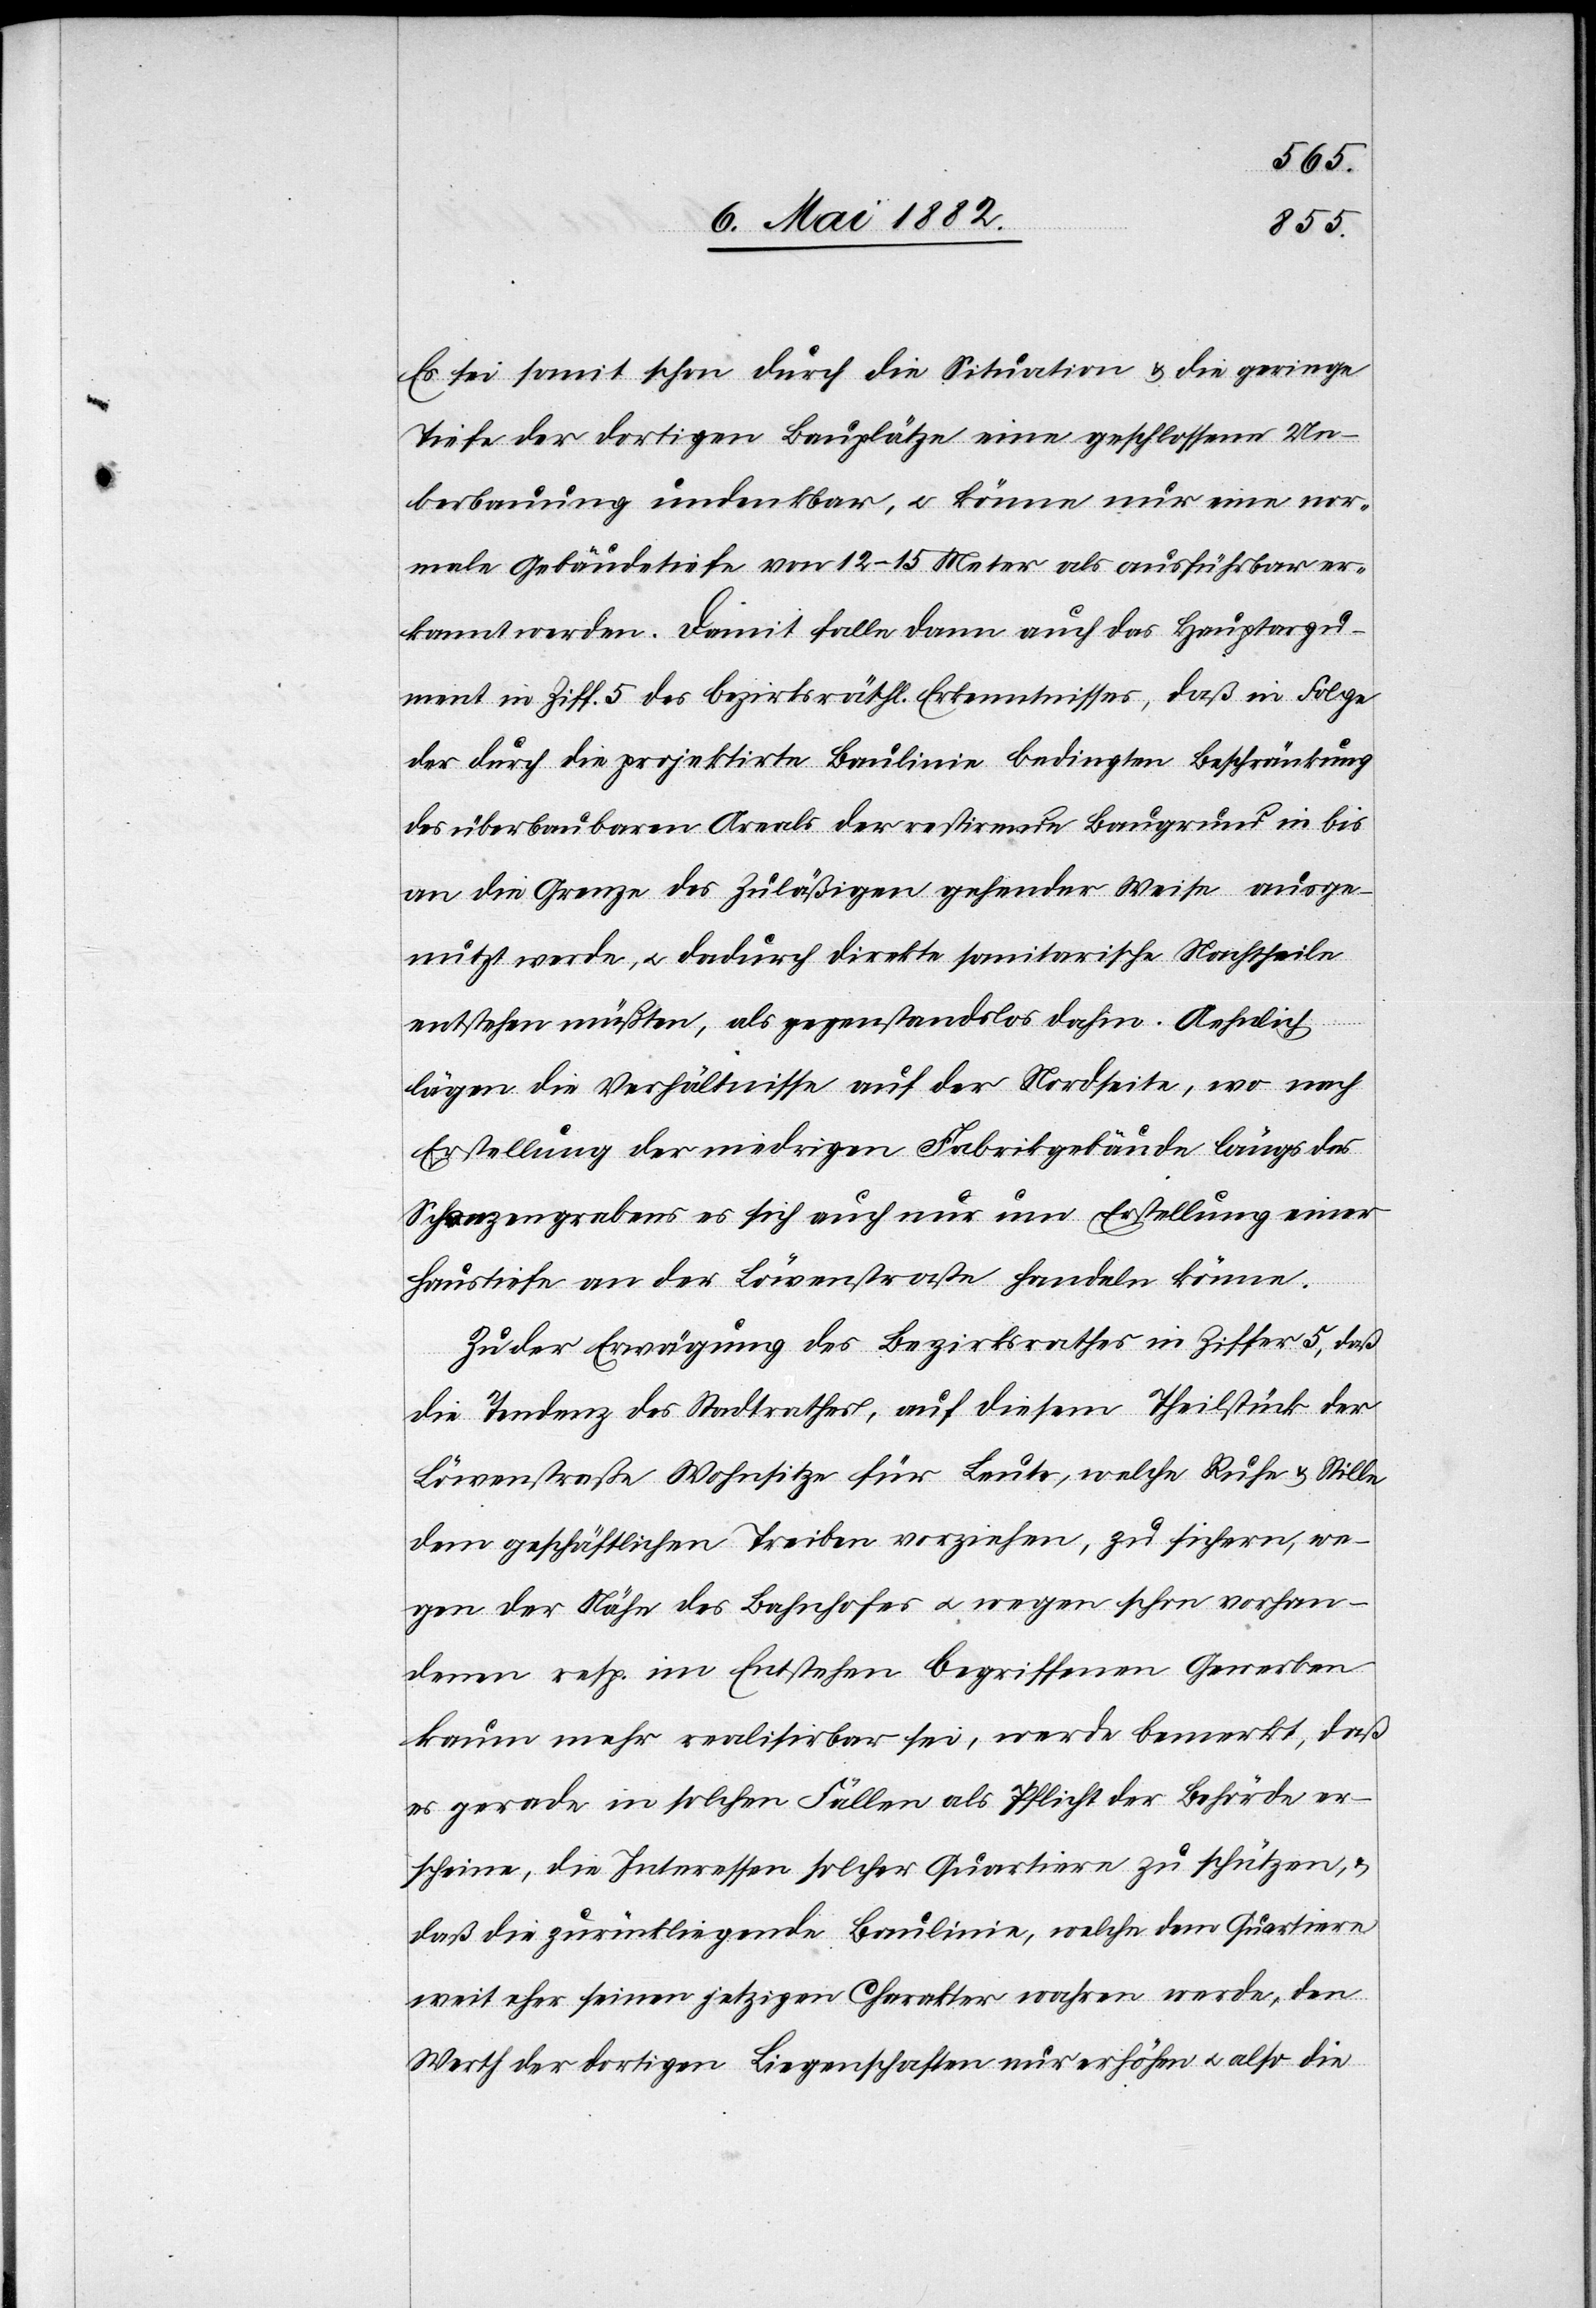
Es sei somit schon durch die Situation & die geringe
Tiefe der dortigen Bauplätze eine geschlossene Ue¬
berbauung undenkbar, u. könne nur eine nor¬
male Gebäudetiefe von 12–15 Meter als ausführbar er¬
kannt werden. Damit falle dann auch das Hauptargu¬
ment in Ziff. 5 des bezirksräthl. Erkenntnisses, daß in Folge
der durch die projektirte Baulinie bedingten Beschränkung
des überbaubaren Areals der restirende Baugrund in bis
an die Grenze des Zuläßigen gehender Weise ausge¬
nutzt werde, u. dadurch direkte sanitarische Nachtheile
entstehen müßten, als gegenstandslos dahin. Aehnlich
lägen die Verhältnisse auf der Nordseite, wo nach
Erstellung der niedrigen Fabrikgebäude längs des
Schanzengrabens es sich auch nur um Erstellung einer
Haustiefe an der Löwenstraße handeln könne.
Zu der Erwägung des Bezirksrathes in Ziffer 5, daß
die Tendenz des Stadtrathes, auf diesem Theilstück der
Löwenstraße Wohnsitze für Leute, welche Ruhe & Stille
dem geschäftlichen Treiben vorziehen, zu sichern, we¬
gen der Nähe des Bahnhofes u. wegen schon vorhan¬
denen resp. im Entstehen begriffenen Gewerben
kaum mehr realisirbar sei, werde bemerkt, daß
es gerade in solchen Fällen als Pflicht der Behörde er¬
scheine, die Interessen solcher Quartiere zu schützen, &
daß die zurückliegende Baulinie, welche dem Quartiere
weit eher seinen jetzigen Charakter wahren werde, den
Werth der dortigen Liegenschaften nur erhöhe u. also die